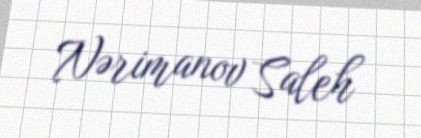
Nərimanov Saleh